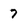
Character: 7